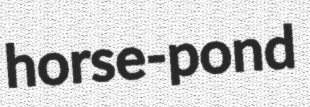
horse-pond